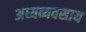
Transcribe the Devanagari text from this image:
अध्यव्यवसाय